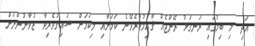
އަދި މި ބިމުގައި ރަނގަޅު ރޭންޖެއް ޤާއިމުކުރެވޭނެ ކަމަށާއި މިކަމަށް ޝައިގުވެރިވާ ޒުވާނުންނަށް